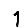
Digit: 1